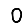
Digit: 0